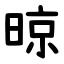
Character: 晾